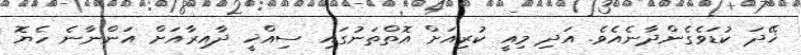
ޚޭދަ ކުޑަވެގެންދާނެއެވެ. އަދި މިއީ ކުރިއަށް އޮތްތަނުގައި ސިއްޚީ ދާއިރާއަށް އަންނާނެ ހެޔޮ